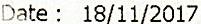
DATE : 18/11/2017